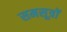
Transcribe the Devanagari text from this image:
समसूत्रों